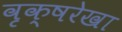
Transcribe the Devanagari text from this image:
वृक्षरेखा